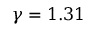
\gamma = 1 . 3 1